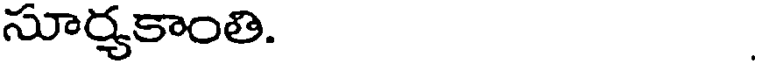
సూర్యకాంతి.